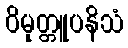
ဝိမုတ္တူပနိသံ